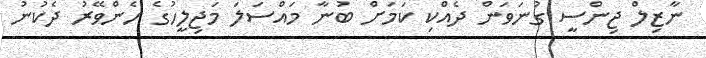
ނާޒިލް ޖިންސީ ގުނަވަން ދެއްކި ކަމަށް ބުނާ މައްސަލަ މަޖިލީހުގެ ހެންވޭރު ދެކުނު